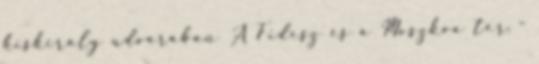
kiskirály udvarában A Fidesz és a Moszkva tér -